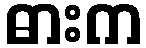
ဓားက